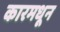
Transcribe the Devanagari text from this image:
कारमधून